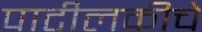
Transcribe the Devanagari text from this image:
पाटीलकीचे